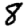
Digit: 8